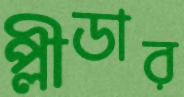
প্লীডার